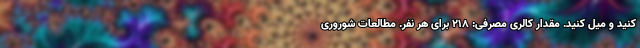
کنید و میل کنید. مقدار کالری مصرفی: ۲۱۸ برای هر نفر. مطالعاتِ شوروری